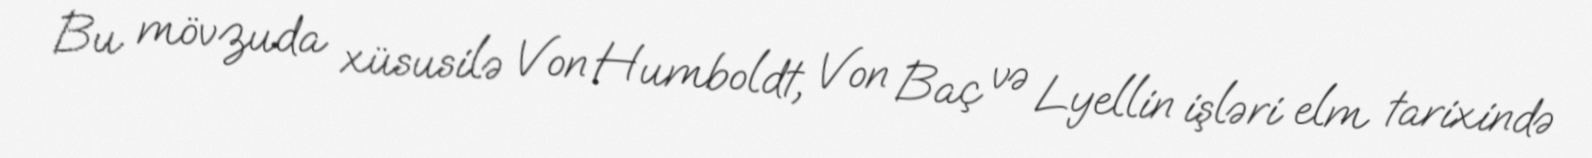
Bu mövzuda xüsusilə Von Humboldt, Von Baç və Lyellin işləri elm tarixində